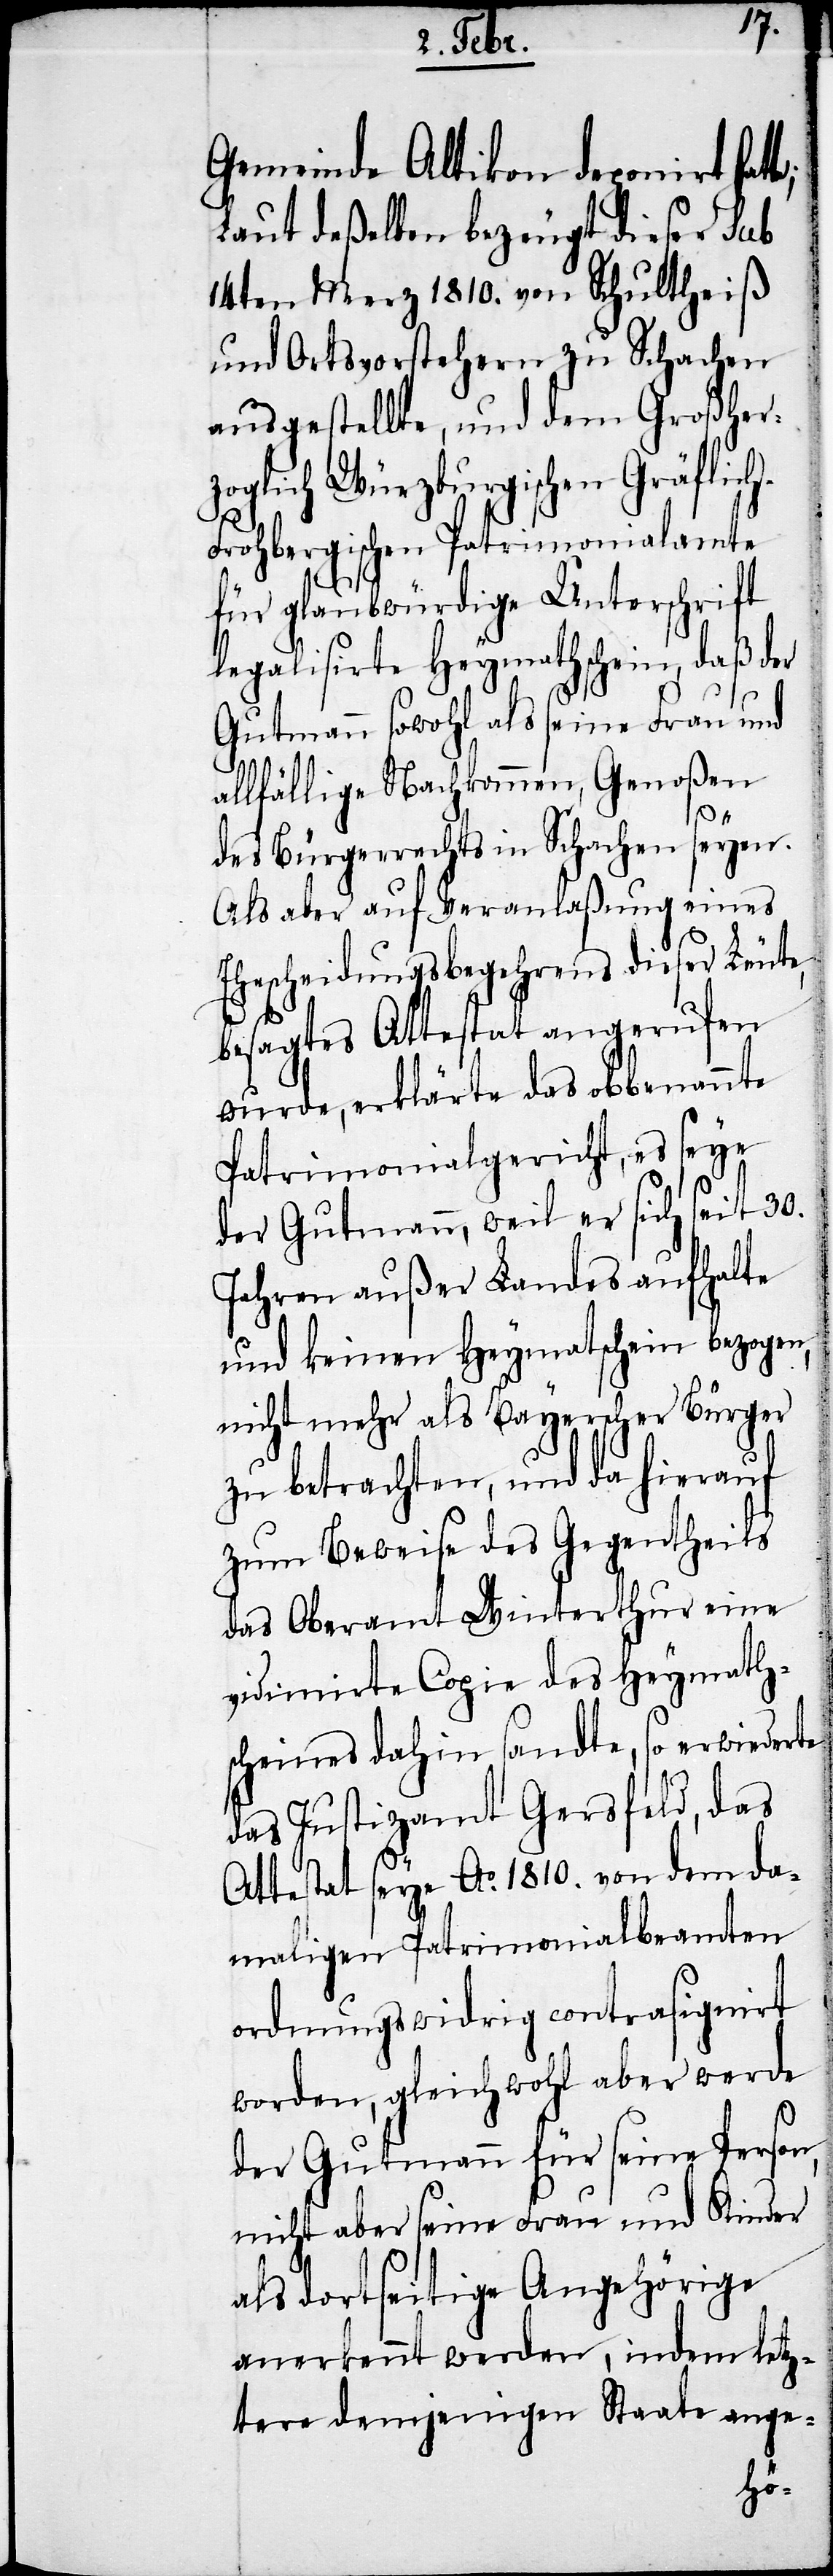
Gemeinde Altikon deponirt hat¬
Laut deßelben bezeugt dieser sub
14ten Merz 1810. von Schultheiß
und Ortsvorstehern zu Schachen
ausgestellte, und dem Großher¬
zoglich Würzburgischen Gräflic¬
rohbergischen Patrimonialamte
für glaubwürdige Unterschrift
legalisirte Heymathschein, daß der
Gutmann sowohl als seine Frau und
allfällige Nachkommen, Genoßen
des Bürgerrechts in Schachen seyen.
Als aber auf Veranlaßung eines
Ehescheidungsbegehrens dieser Leute,
besagtes Attestat angerufen
wurde, erklärte das obbenannte
Patrimonialgericht, es seye
der Gutmann, weil er sich seit 30.
Jahren außer Landes aufhalte
und keinen Heymathschein bezogen,
nicht mehr als Bayerscher Bürger
zu betrachten, und da hierauf
zum Beweise des Gegentheils
das Oberamt Winterthur eine
vidimirte Copie des Heymath¬
scheines dahin sandte, so erwiederte
das Justizamt Gersfeld, das
Attestat seye Ao. 1810. von dem da¬
maligen Patrimonialbeamten
ordnungswidrig contrasignirt
worden, gleich wohl aber werde
der Gutmann für seine Person,
nicht aber seine Frau und Kinder
als dortseitige Angehörige
anerkennt werden, indem letz¬
tere demjenigen Staate ange-
h-F¬